Report on the Nagpur School of Medicine, Central Provinces
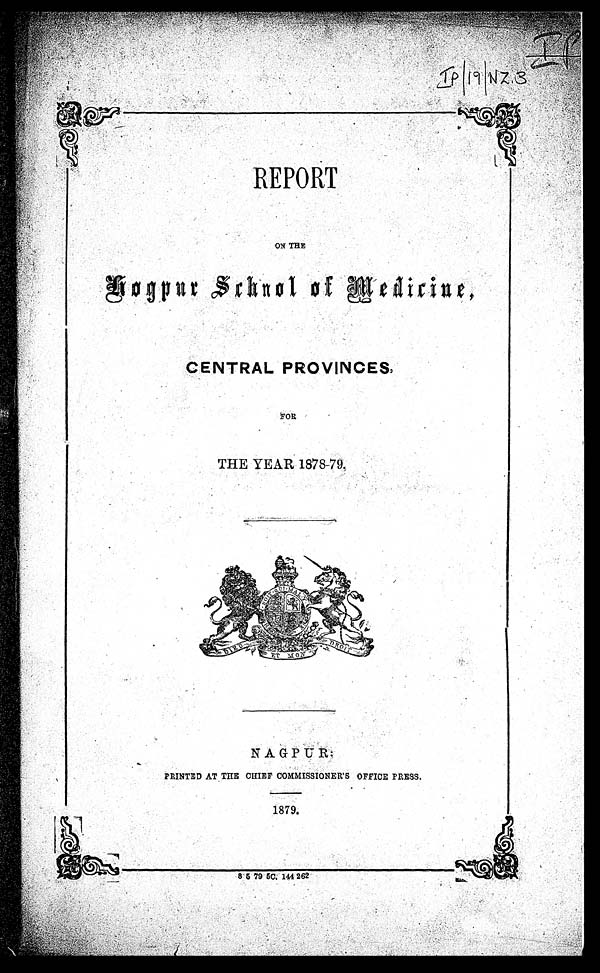
REPORT
ON THE
Nagpur School of Medicine,
CENTRAL PROVINCES,
FOR
THE YEAR 1878-79
NAGPUR:
PRINTED AT THE CHIEF COMMISSIONER'S OFFICE PRESS.
1879.
8 5 79 5C. 144 262